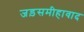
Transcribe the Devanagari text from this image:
जड़समीहावाद